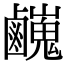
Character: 𪊃